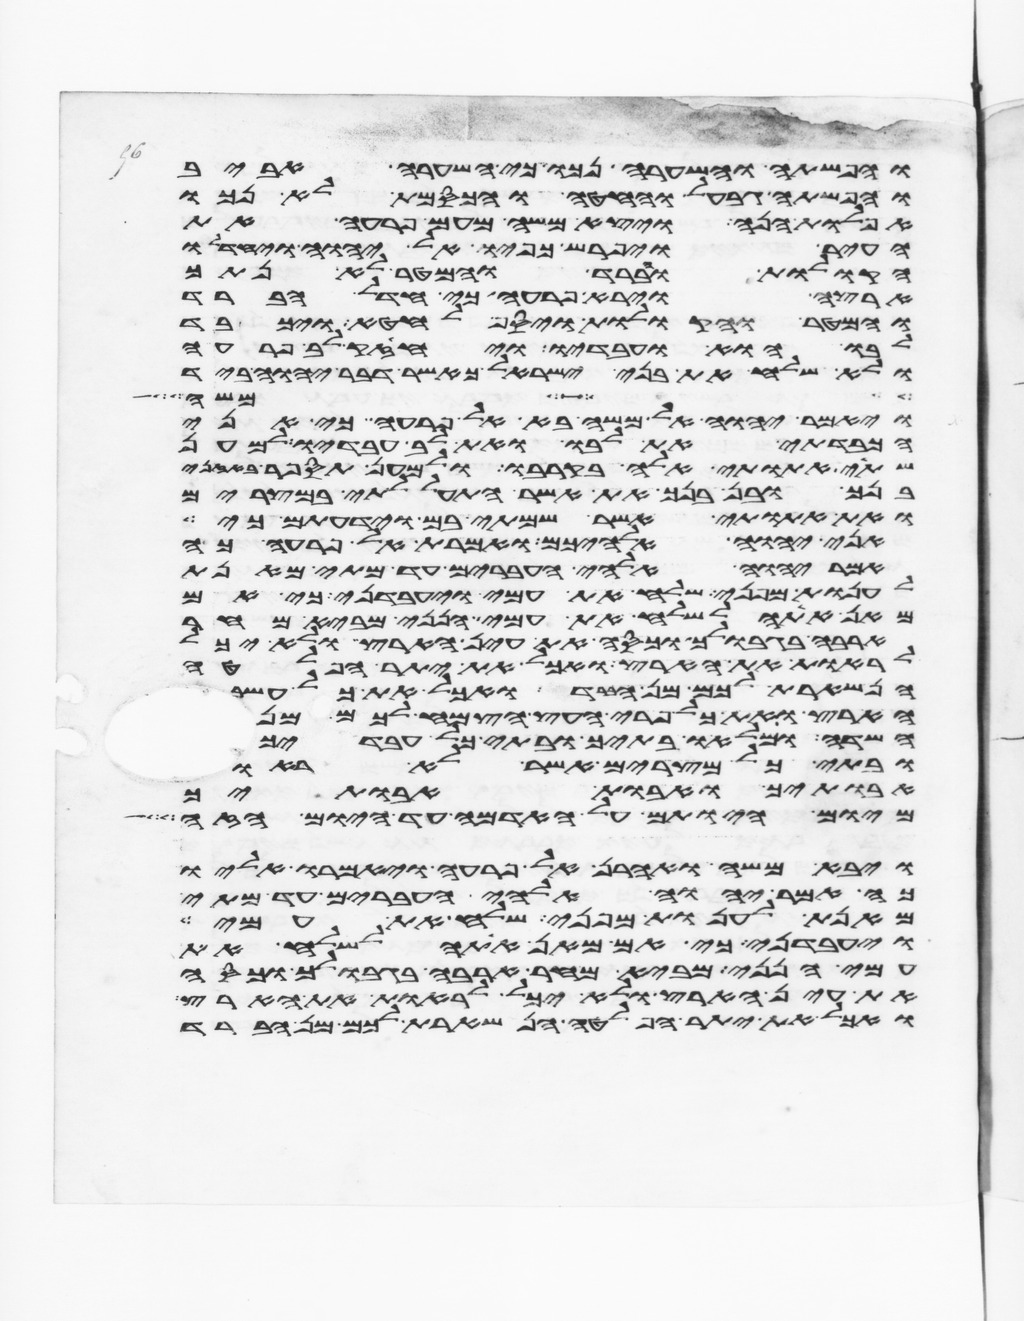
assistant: והפשתה והשערה נכו כי השערה אביב
והפשתה גבעל והחטה והכסמת לא נכו
אפלות הנה ויצא משה מעם פרעה את
העיר ויפרש כפיו אל יהוה ויחדלו
הקולות והברד והמטר לא נתך
ארצה וירא פרעה כי חדל הברד
והמטר והקולות ויסף לחטא ויכבד
לבו הוא ועבדיו ויחזק לב פרעה
ולא שלח את בני ישראל כאשר דבר יהוה ביד
אך במשה
ויאמר יהוה אל משה בא אל פרעה כי אני
הכבדתי את לבו ואת לב עבדיו למען
שתי אתותי אלה בקרבו ולמען תספר באזני
בנך ובן בנך את אשר התעללתי במצרים
ואת אתותי אשר שמתי בם וידעתם כי
אני יהוה אלהיכם ואמרת אל פרעה כה
אמר יהוה אלהי העברים עד מתי מאנת
לענות מפני שלח את עמי ויעבדני כי אם
מאן אתה לשלח את עמי הנני מביא מחר
ארבה בגבולך וכסה את עין הארץ ולא יכל
לראות את הארץ ואכל את יתר הפלטה
הנשארת לכם מן הברד ואכל את כל עשב
הארץ ואת כל פרי העץ הצמח לכם מן
השדה ומלאו בתיך ובתי כל עבדיך
ובתי כל מצרים אשר לא ראו
אבתיך ואבות אבתיך
מיום היותם על האדמה עד היום הזה
ויבא משה ואהרן אל פרעה ויאמרו אליו
כה אמר יהוה אלהי העברים עד מתי
מאנת לענות מפני שלח את עמי
ויעבדני כי אם מאן אתה לשלח את
עמי הנני מביא מחר ארבה בגבולך וכסה
את עין הארץ ולא יכל לראות את הארץ
ואכל את יתר הפלטה הנשארת לכם מן הברד